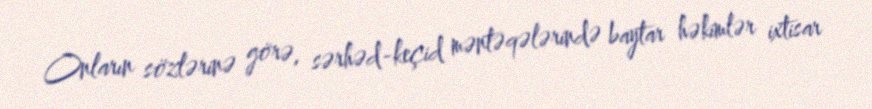
Onların sözlərinə görə, sərhəd-keçid məntəqələrində baytar həkimlər ixtisar